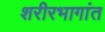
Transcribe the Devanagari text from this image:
शरीरभागांत